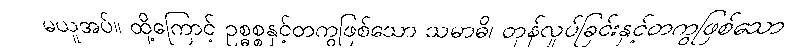
မယူအပ်။ ထို့ကြောင့် ဥစ္ဓစ္စနှင့်တကွဖြစ်သော သမာဓိ၊ တုန်လှုပ်ခြင်းနှင့်တကွဖြစ်သော